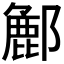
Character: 𮠌